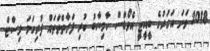
2018 ވަނަ އަހަރުގެ ބީއީޓީ އެވޯޑްސް ކާމިޔާބު ކުރި ފަރާތްތަތައް ފުރިހަމަ ލިސްޓް